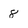
Character: 8